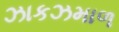
ઝાકઝમાળ